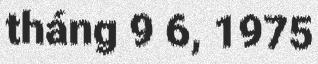
tháng 9 6, 1975